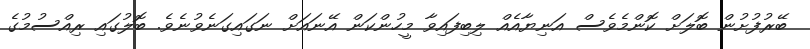
ބޭރުފުށުން ބޮލަށް ކޮންމެވެސް އަނިޔާއެއް ލިބިފައިވާ މީހުންކަން އޭނައަށް ނަގައިގަނެވުނެވެ. ބޮލުގައި ރިއްސުމުގެ